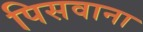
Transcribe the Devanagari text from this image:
पिसवाना